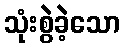
သုံးစွဲခဲ့သော